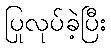
ပြုလုပ်ခဲ့ပြီး